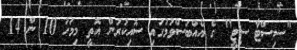
"ސިސްޓާ ސިޓީ" ގެ އެއްބަސްވުމުގައި ސޮއިކުރުން އޮތީ މިމަހު 10 ން 14